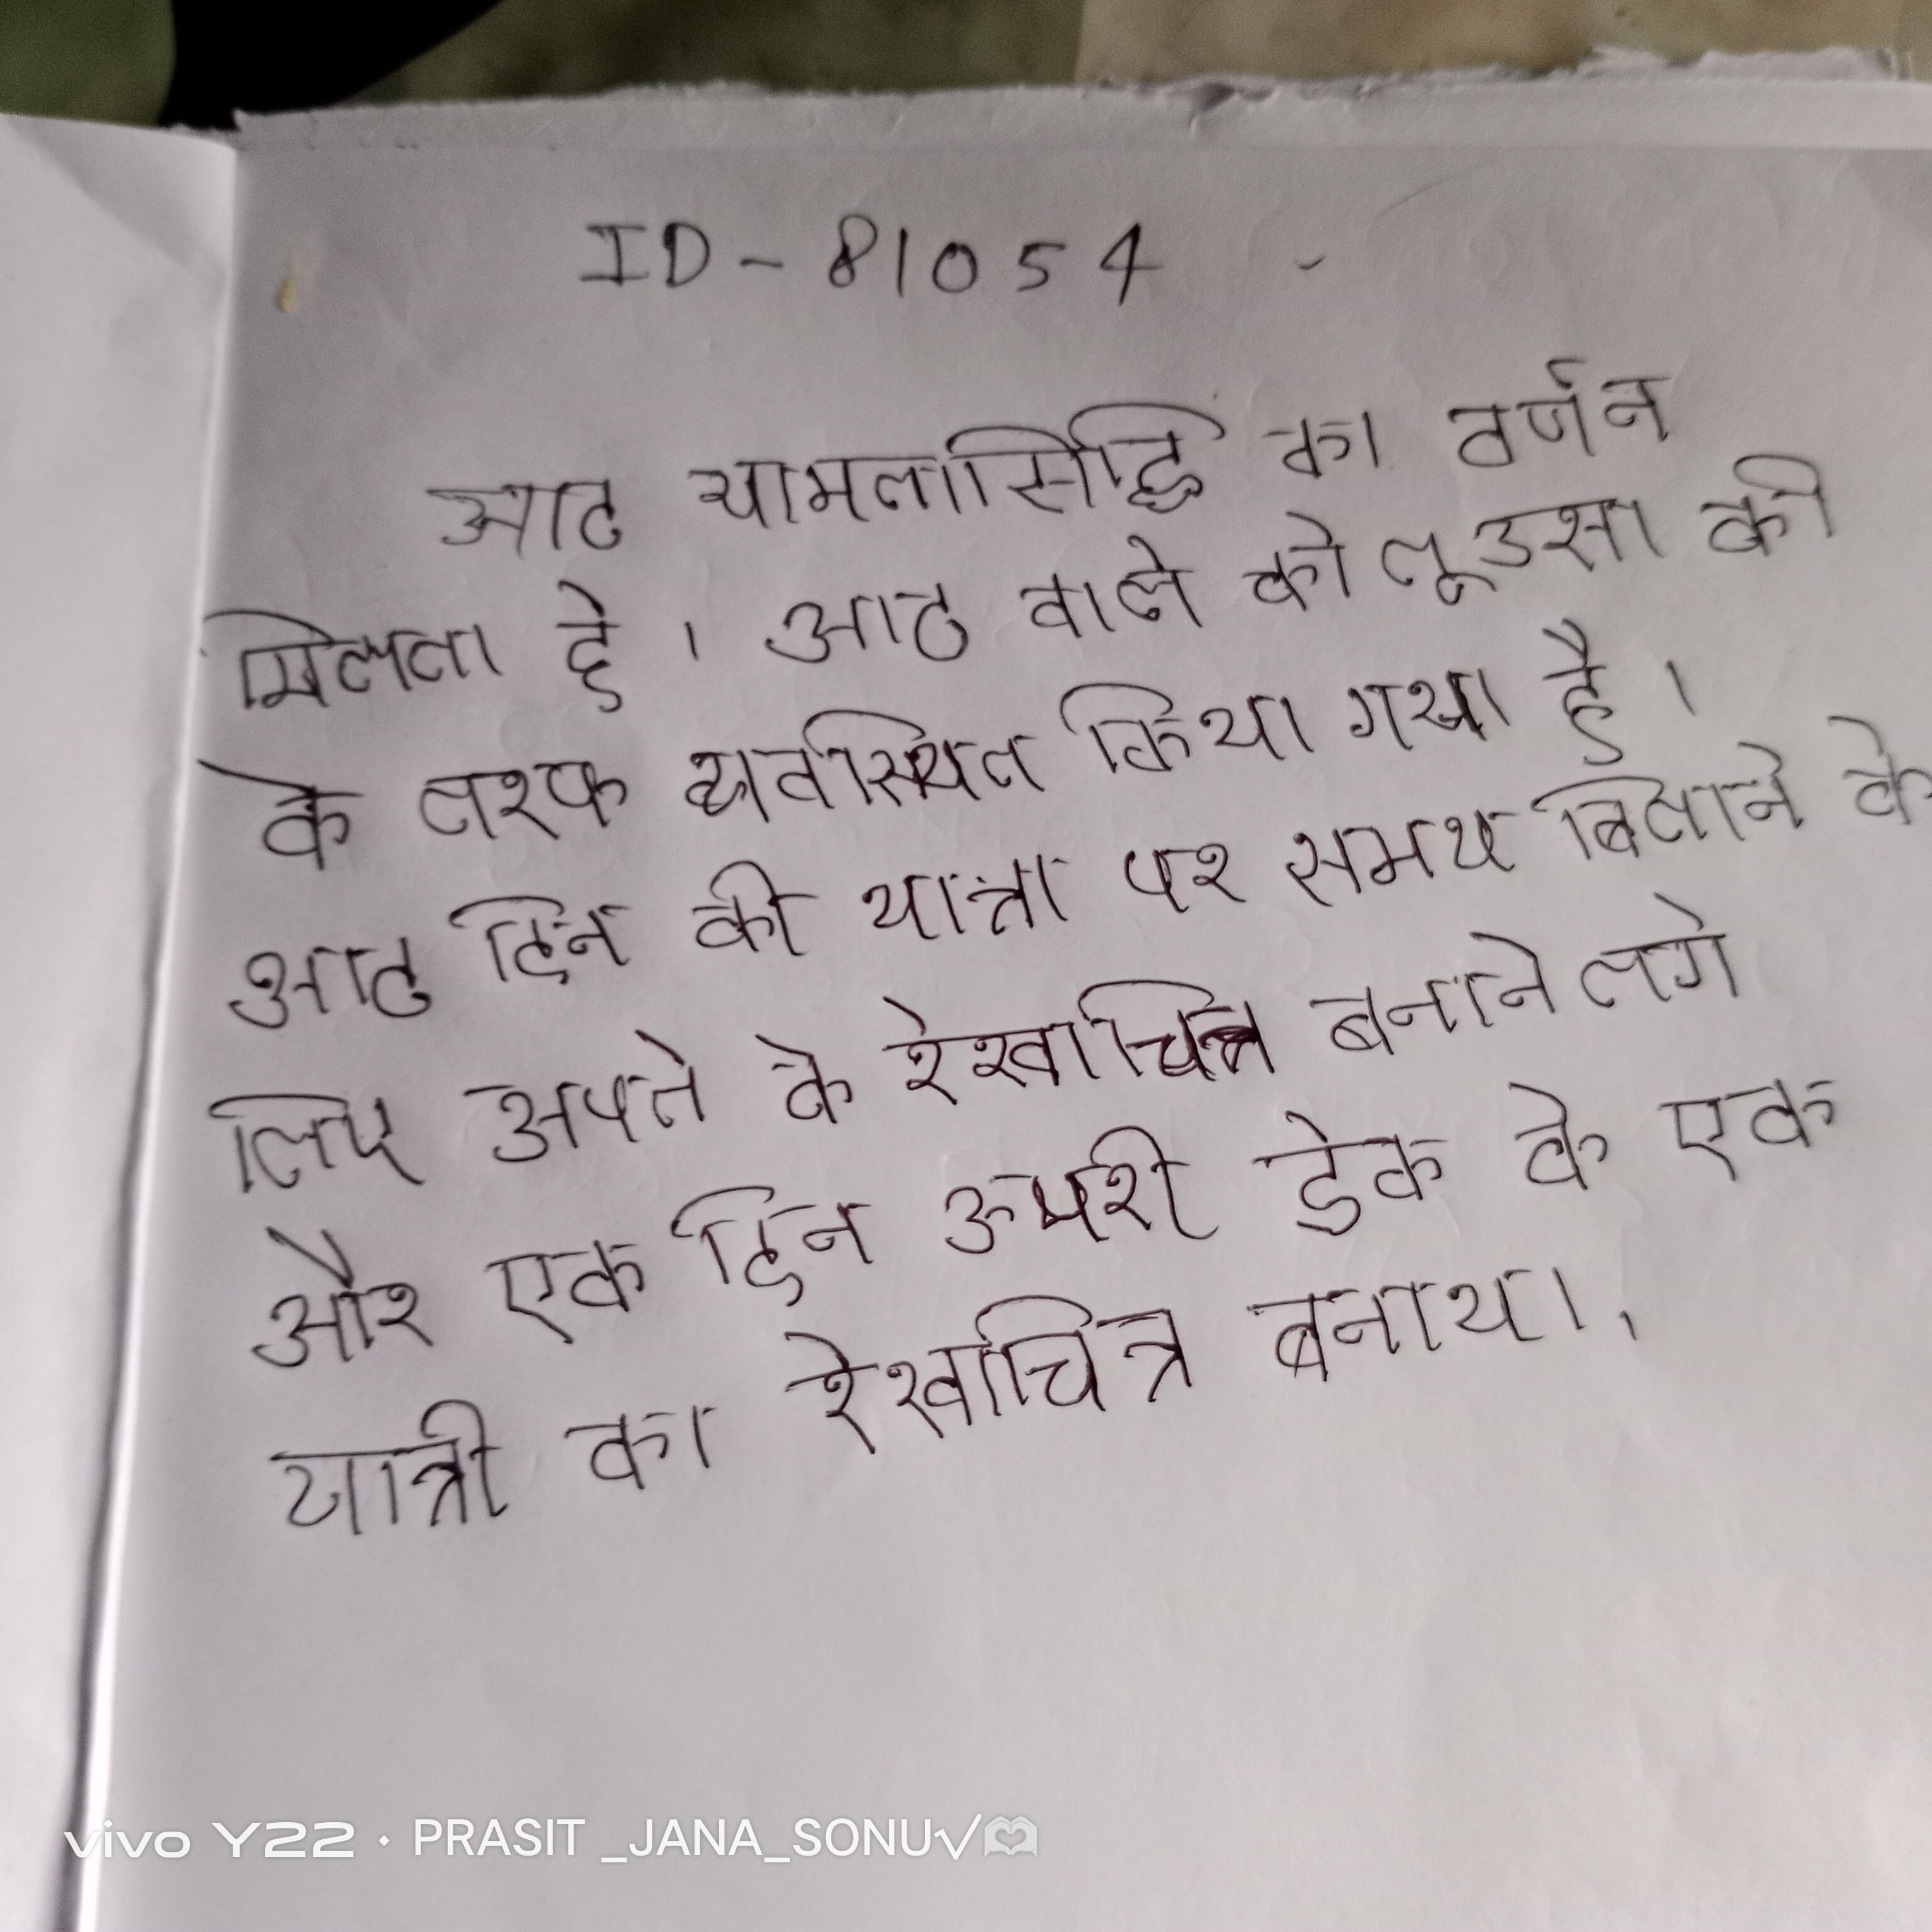
आठ यामलासिद्धि का वर्णन मिलता है । आठ वाले की को लूउसा की के तरफ व्यवस्थित किया गया है । आठ दिन की यात्रा पर समय बिताने के लिए अपने के रेखाचित्र बनाने लगे और एक दिन ऊपरी डेक के एक यात्री का रेखाचित्र बनाया .